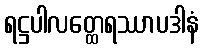
ရဋ္ဌပါလတ္ထေရဿာပဒါနံ